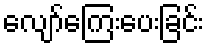
လျော်ကြေးပေးခြင်း